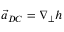
\vec { a } _ { D C } = \nabla _ { \perp } h